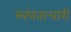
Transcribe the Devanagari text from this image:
स्वंत्रताचारी